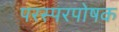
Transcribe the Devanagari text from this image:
परस्परपोषक